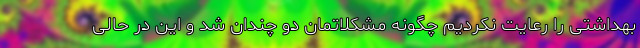
بهداشتی را رعایت نکردیم چگونه مشکلاتمان دو چندان شد و این در حالی